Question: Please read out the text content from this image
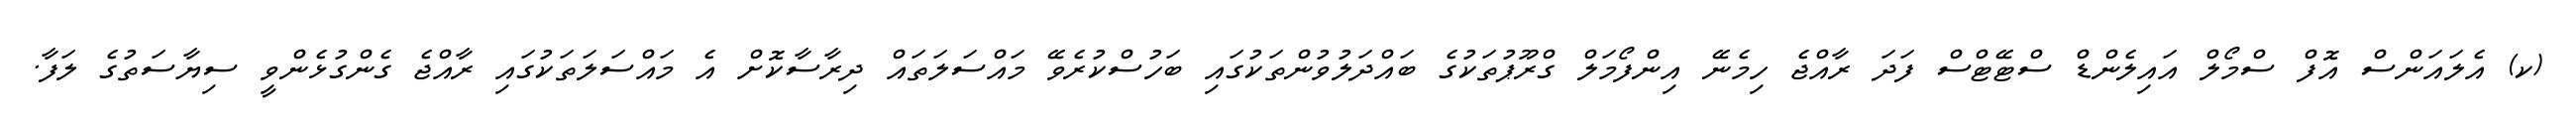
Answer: (ކ) އެލައަންސް އޮފް ސްމޯލް އައިލެންޑް ސްޓޭޓްސް ފަދަ ރާއްޖެ ހިމެނޭ އިންފޯމަލް ގްރޫޕުތަކުގެ ބައްދަލުވުންތަކުގައި ބަހުސްކުރެވޭ މައްސަލަތައް ދިރާސާކޮށް އެ މައްސަލަތަކުގައި ރާއްޖެ ގެންގުޅެންވީ ސިޔާސަތުގެ ލަފާ.